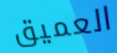
العميق